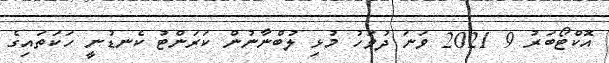
އޮކްޓޯބަރު 9 2021 ވަނަ ދުވަހު މުޅި ލުބްނާނުން ކަރަންޓު ކެނޑުނީ ހަކަތައިގެ